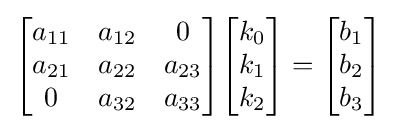
{\begin{bmatrix}a_{11}&a_{12}&0\\a_{21}&a_{22}&a_{23}\\0&a_{32}&a_{33}\\\end{bmatrix}}{\begin{bmatrix}k_{0}\\k_{1}\\k_{2}\\\end{bmatrix}}={\begin{bmatrix}b_{1}\\b_{2}\\b_{3}\\\end{bmatrix}}